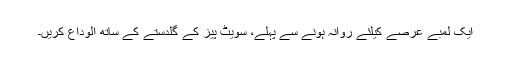
ایک لمبے عرصے کیلئے روانہ ہونے سے پہلے، سویٹ پیز کے گلدستے کے ساتھ الوداع کریں۔